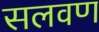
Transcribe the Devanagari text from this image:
सलवण